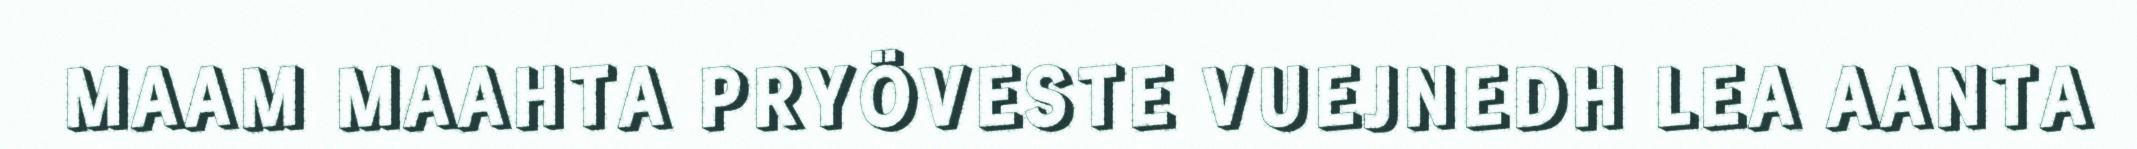
MAAM MAAHTA PRYÖVESTE VUEJNEDH LEA AANTA